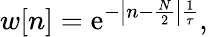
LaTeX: w[n]=\mathrm{e}^{-\left|n-{\frac{{N}}{{2}}}\right|{\frac{{1}}{{\tau}}}},